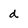
Character: d